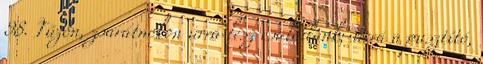
98. Tűzön, zsarátnokon úrrá lesz családunk; úrrá a pusztító,